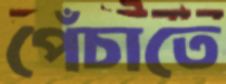
পেঁচাতে